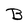
Character: B